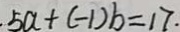
5 a + ( - 1 ) b = 1 7 .